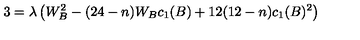
3 = \lambda \left( W _ { B } ^ { 2 } - ( 2 4 - n ) W _ { B } c _ { 1 } ( B ) + 1 2 ( 1 2 - n ) c _ { 1 } ( B ) ^ { 2 } \right)